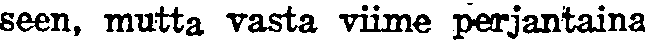
seen, mutta vasta viime perjantaina